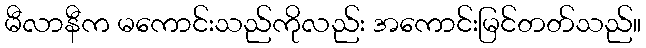
မီလာနီက မကောင်းသည်ကိုလည်း အကောင်းမြင်တတ်သည်။